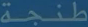
طَنجة